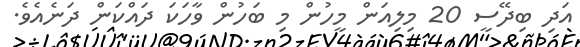
އަދި ބިދޭސީ 20 މިލިއަން މީހުން މި ބަހުން ވާހަކަ ދައްކަން ދަނެއެވެ.